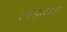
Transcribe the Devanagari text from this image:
रायचूरजवळ